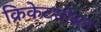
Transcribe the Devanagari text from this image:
क्रिकेटसोबत